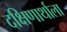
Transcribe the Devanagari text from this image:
दक्षिणार्थाला